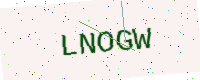
Text: LNOGW